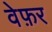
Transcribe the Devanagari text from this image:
वेफ़र